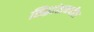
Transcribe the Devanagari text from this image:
सिद्धांतामधील